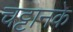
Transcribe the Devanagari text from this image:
चट्टानके